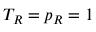
T _ { R } = p _ { R } = 1